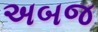
અબજ